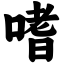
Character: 嗜